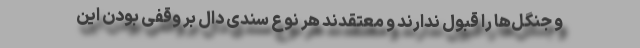
و جنگل‌ها را قبول ندارند و معتقدند هر نوع سندی دال بر وقفی بودن این